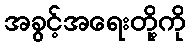
အခွင့်အရေးတို့ကို